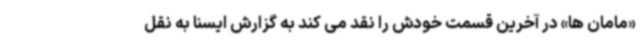
«مامان ها» در آخرین قسمت خودش را نقد می کند به گزارش ایسنا به نقل